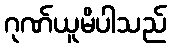
ဂုဏ်ယူမိပါသည်